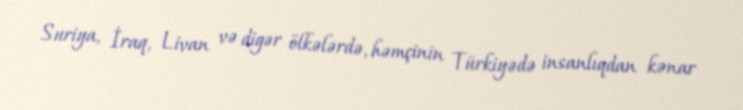
Suriya, İraq, Livan və digər ölkələrdə, həmçinin Türkiyədə insanlıqdan kənar